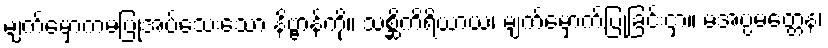
မျက်မှောကမပြုအပ်သေးသော နိဗ္ဗာန်ကို။ သစ္ဆိကိရိယာယ၊ မျက်မှောက်ပြုခြင်းငှာ။ မအပ္ပမတ္တေန၊